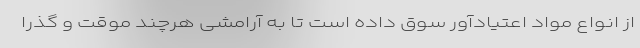
از انواع مواد اعتیادآور سوق داده است تا به آرامشی هرچند موقت و گذرا